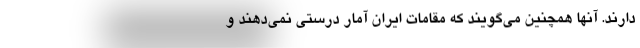
دارند. آنها همچنین می‌گویند که مقامات ایران آمار درستی نمی‌دهند و